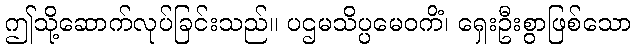
ဤသို့ဆောက်လုပ်ခြင်းသည်။ ပဌမသိပ္ပမေဝကိံ၊ ရှေးဦးစွာဖြစ်သော